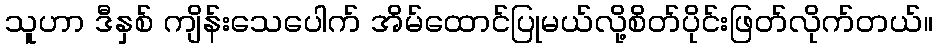
သူဟာ ဒီနှစ် ကျိန်းသေပေါက် အိမ်ထောင်ပြုမယ်လို့စိတ်ပိုင်းဖြတ်လိုက်တယ်။